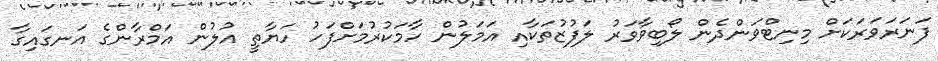
ފަނަރަވަރަކަށް މިނިޓްވަންދެން ލޯބިވާވަރު ލަފުޒުތަކާއި އަމަލުން ހާމަކުރުމަށްފަހު ހަޔާތީ އުލުން އަމްރާންގެ އަނގައިގާ